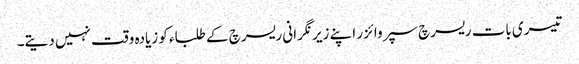
تیسری بات ریسرچ سپروائزر اپنے زیر نگرانی ریسرچ کے طلباء کو زیادہ وقت نہیں دیتے۔